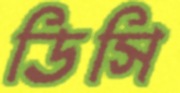
ডিসি